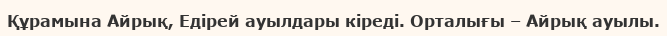
Құрамына Айрық, Едірей ауылдары кіреді. Орталығы – Айрық ауылы.